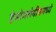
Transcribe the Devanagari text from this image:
हेमोग्लोबीनमध्ये